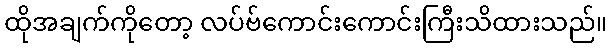
ထိုအချက်ကိုတော့ လပ်ဗ်ကောင်းကောင်းကြီးသိထားသည်။